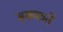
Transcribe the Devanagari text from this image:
सककर्ते